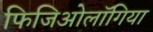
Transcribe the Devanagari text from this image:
फिजिओलॉगिया